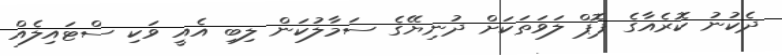
ދެކުނު ކޮރެއާގެ ޕޮޕް ލަވަތަކަށް ދުނިޔޭގެ ސަމާލުކަން ލިބި އެއީ ވަކި ސްޓައިލެއް